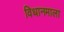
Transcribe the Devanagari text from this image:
विधानमाला